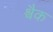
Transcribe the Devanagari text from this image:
श्वैक